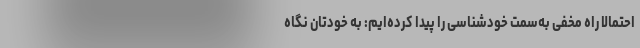
احتمالاً راه مخفی به‌سمت خودشناسی را پیدا کرده‌ایم: به خودتان نگاه